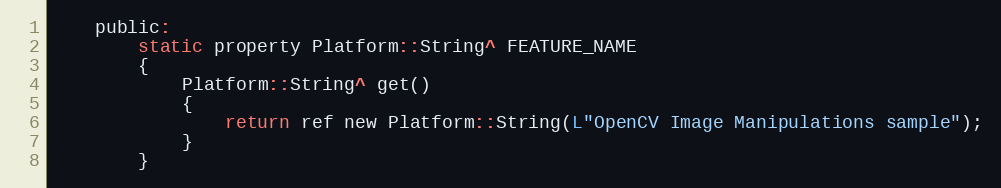
Language: C
    public:
        static property Platform::String^ FEATURE_NAME
        {
            Platform::String^ get()
            {
                return ref new Platform::String(L"OpenCV Image Manipulations sample");
            }
        }